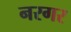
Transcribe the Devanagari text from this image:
नरगर